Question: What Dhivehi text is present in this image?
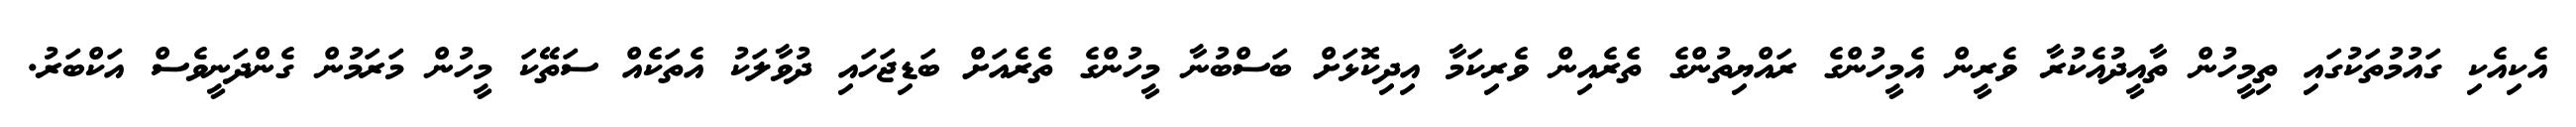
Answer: އެކިއެކި ގައުމުތަކުގައި ތިމީހުން ތާއީދުއެކުރާ ވެރީން އެމީހުންގެ ރައްޔިތުންގެ ތެރެއިން ވެރިކަމާ އިދިކޮޅަށް ބަސްބުނާ މީހުންގެ ތެރެއަށް ބަޑިޖަހައި ދުވާލަކު އެތަކެއް ސަތޭކަ މީހުން މަރަމުން ގެންދަނީވެސް އަކްބަރު.